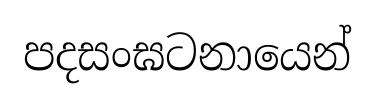
පදසංඝටනායෙන්